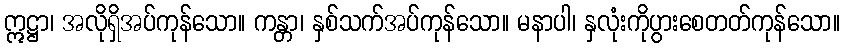
ဣဋ္ဌာ၊ အလိုရှိအပ်ကုန်သော။ ကန္တာ၊ နှစ်သက်အပ်ကုန်သော။ မနာပါ၊ နှလုံးကိုပွားစေတတ်ကုန်သော။